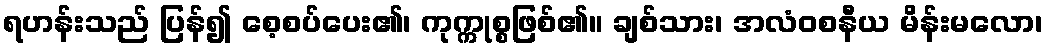
ရဟန်းသည် ပြန်၍ စေ့စပ်ပေး၏၊ ကုက္ကုစ္စဖြစ်၏။ ချစ်သား၊ အလံဝစနီယ မိန်းမလော၊